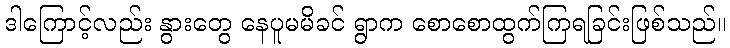
ဒါကြောင့်လည်း နွားတွေ နေပူမမိခင် ရွာက စောစောထွက်ကြရခြင်းဖြစ်သည်။